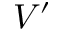
V ^ { \prime }